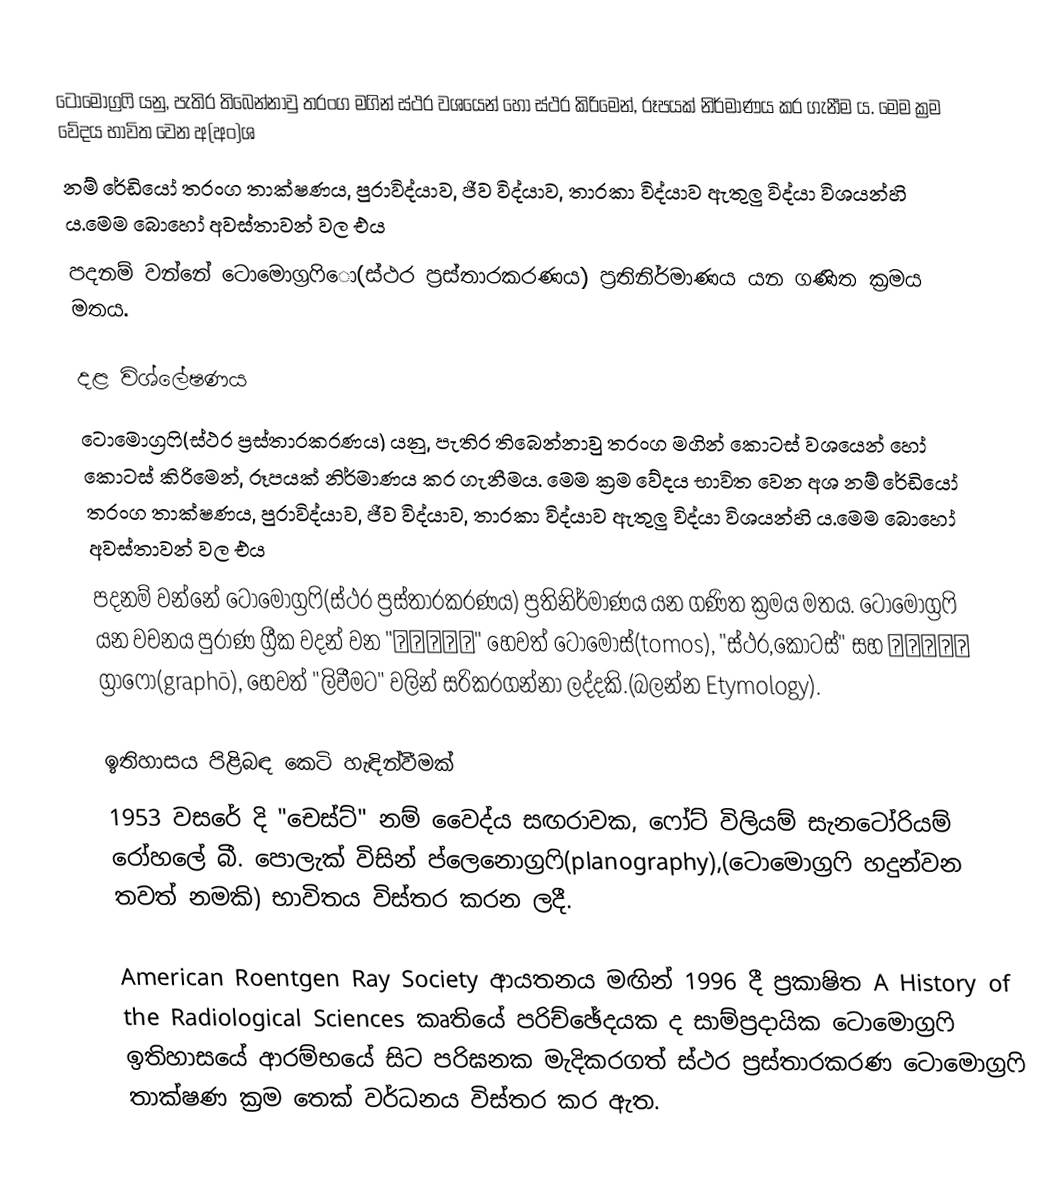
ටොමොග්‍රෆි යනු, පැතිර තිබෙන්නාවු තරංග මගින් ස්ථර වශයෙන් හෝ ස්ථර කිරිමෙන්, රූපයක් නිර්මාණය කර ගැනීම ය. මෙම ක්‍රම වේදය භාවිත වෙන අ(අං)ශ
  නම් රේඩියෝ තරංග තාක්ෂණය, පුරාවිද්යාව, ජීව විද්යාව, තාරකා විද්යාව ඇතුලු විද්යා විශයන්හි ය.මෙම බොහෝ අවස්තාවන් වල එය
පදනම් වන්නේ ටොමොග්‍රෆිො(ස්ථර ප්‍රස්තාරකරණය) ප්‍රතිනිර්මාණය යන ගණිත ක්‍රමය මතය.

දළ විශ්ලේෂණය
ටොමොග්‍රෆි(ස්ථර ප්‍රස්තාරකරණය) යනු, පැතිර තිබෙන්නාවු තරංග මගින් කොටස් වශයෙන් හෝ කොටස් කිරිමෙන්, රූපයක් නිර්මාණය කර ගැනීමය. මෙම ක්‍රම වේදය භාවිත වෙන අශ නම් රේඩියෝ තරංග තාක්ෂණය, පුරාවිද්යාව, ජීව විද්යාව, තාරකා විද්යාව ඇතුලු විද්යා විශයන්හි ය.මෙම බොහෝ අවස්තාවන් වල එය
පදනම් වන්නේ ටොමොග්‍රෆි(ස්ථර ප්‍රස්තාරකරණය) ප්‍රතිනිර්මාණය යන ගණිත ක්‍රමය මතය. ටොමොග්‍රෆි යන වචනය පුරාණ ග්‍රීක වදන් වන "τόμος" හෙවත් ටොමොස්(tomos), "ස්ථර,කොටස්" සහ γράφω ග්‍රාෆො(graphō), හෙවත් "ලිවීමට" වලින් සරිකරගන්නා ලද්දකි.(බලන්න Etymology).

ඉතිහාසය පිළිබඳ කෙටි හැඳින්වීමක්
1953 වසරේ දි "චෙස්ට්" නම් වෛද්ය සඟරාවක, ෆෝට් විලියම් සැනටෝරියම් රෝහලේ බී. පොලැක් විසින් ප්ලෙනොග්‍රෆි(planography),(ටොමොග්‍රෆි හදුන්වන තවත් නමකි) භාවිතය විස්තර කරන ලදී.

American Roentgen Ray Society ආයතනය මඟින් 1996 දී ප්‍රකාෂිත A History of the Radiological Sciences කෘතියේ පරිච්ඡේදයක ද සාම්ප්‍රදායික ටොමොග්‍රෆි ඉතිහාසයේ ආරම්භයේ සිට පරිඝනක මැදිකරගත් ස්ථර ප්‍රස්තාරකරණ ටොමොග්‍රෆි තාක්ෂණ ක්‍රම තෙක් වර්ධනය විස්තර කර ඇත.